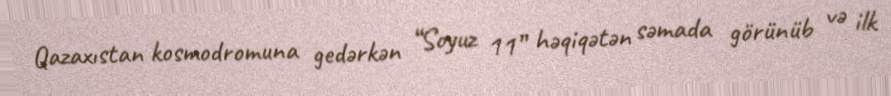
Qazaxıstan kosmodromuna gedərkən “Soyuz 11” həqiqətən səmada görünüb və ilk